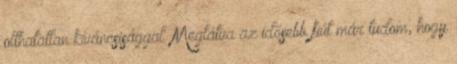
olthatatlan kíváncsisággal. Meglátva az idősebb fiút már tudom, hogy